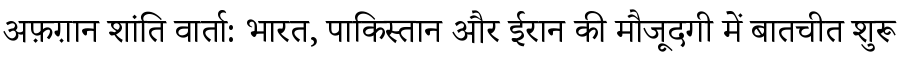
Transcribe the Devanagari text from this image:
अफ़ग़ान शांति वार्ता: भारत, पाकिस्तान और ईरान की मौजूदगी में बातचीत शुरू